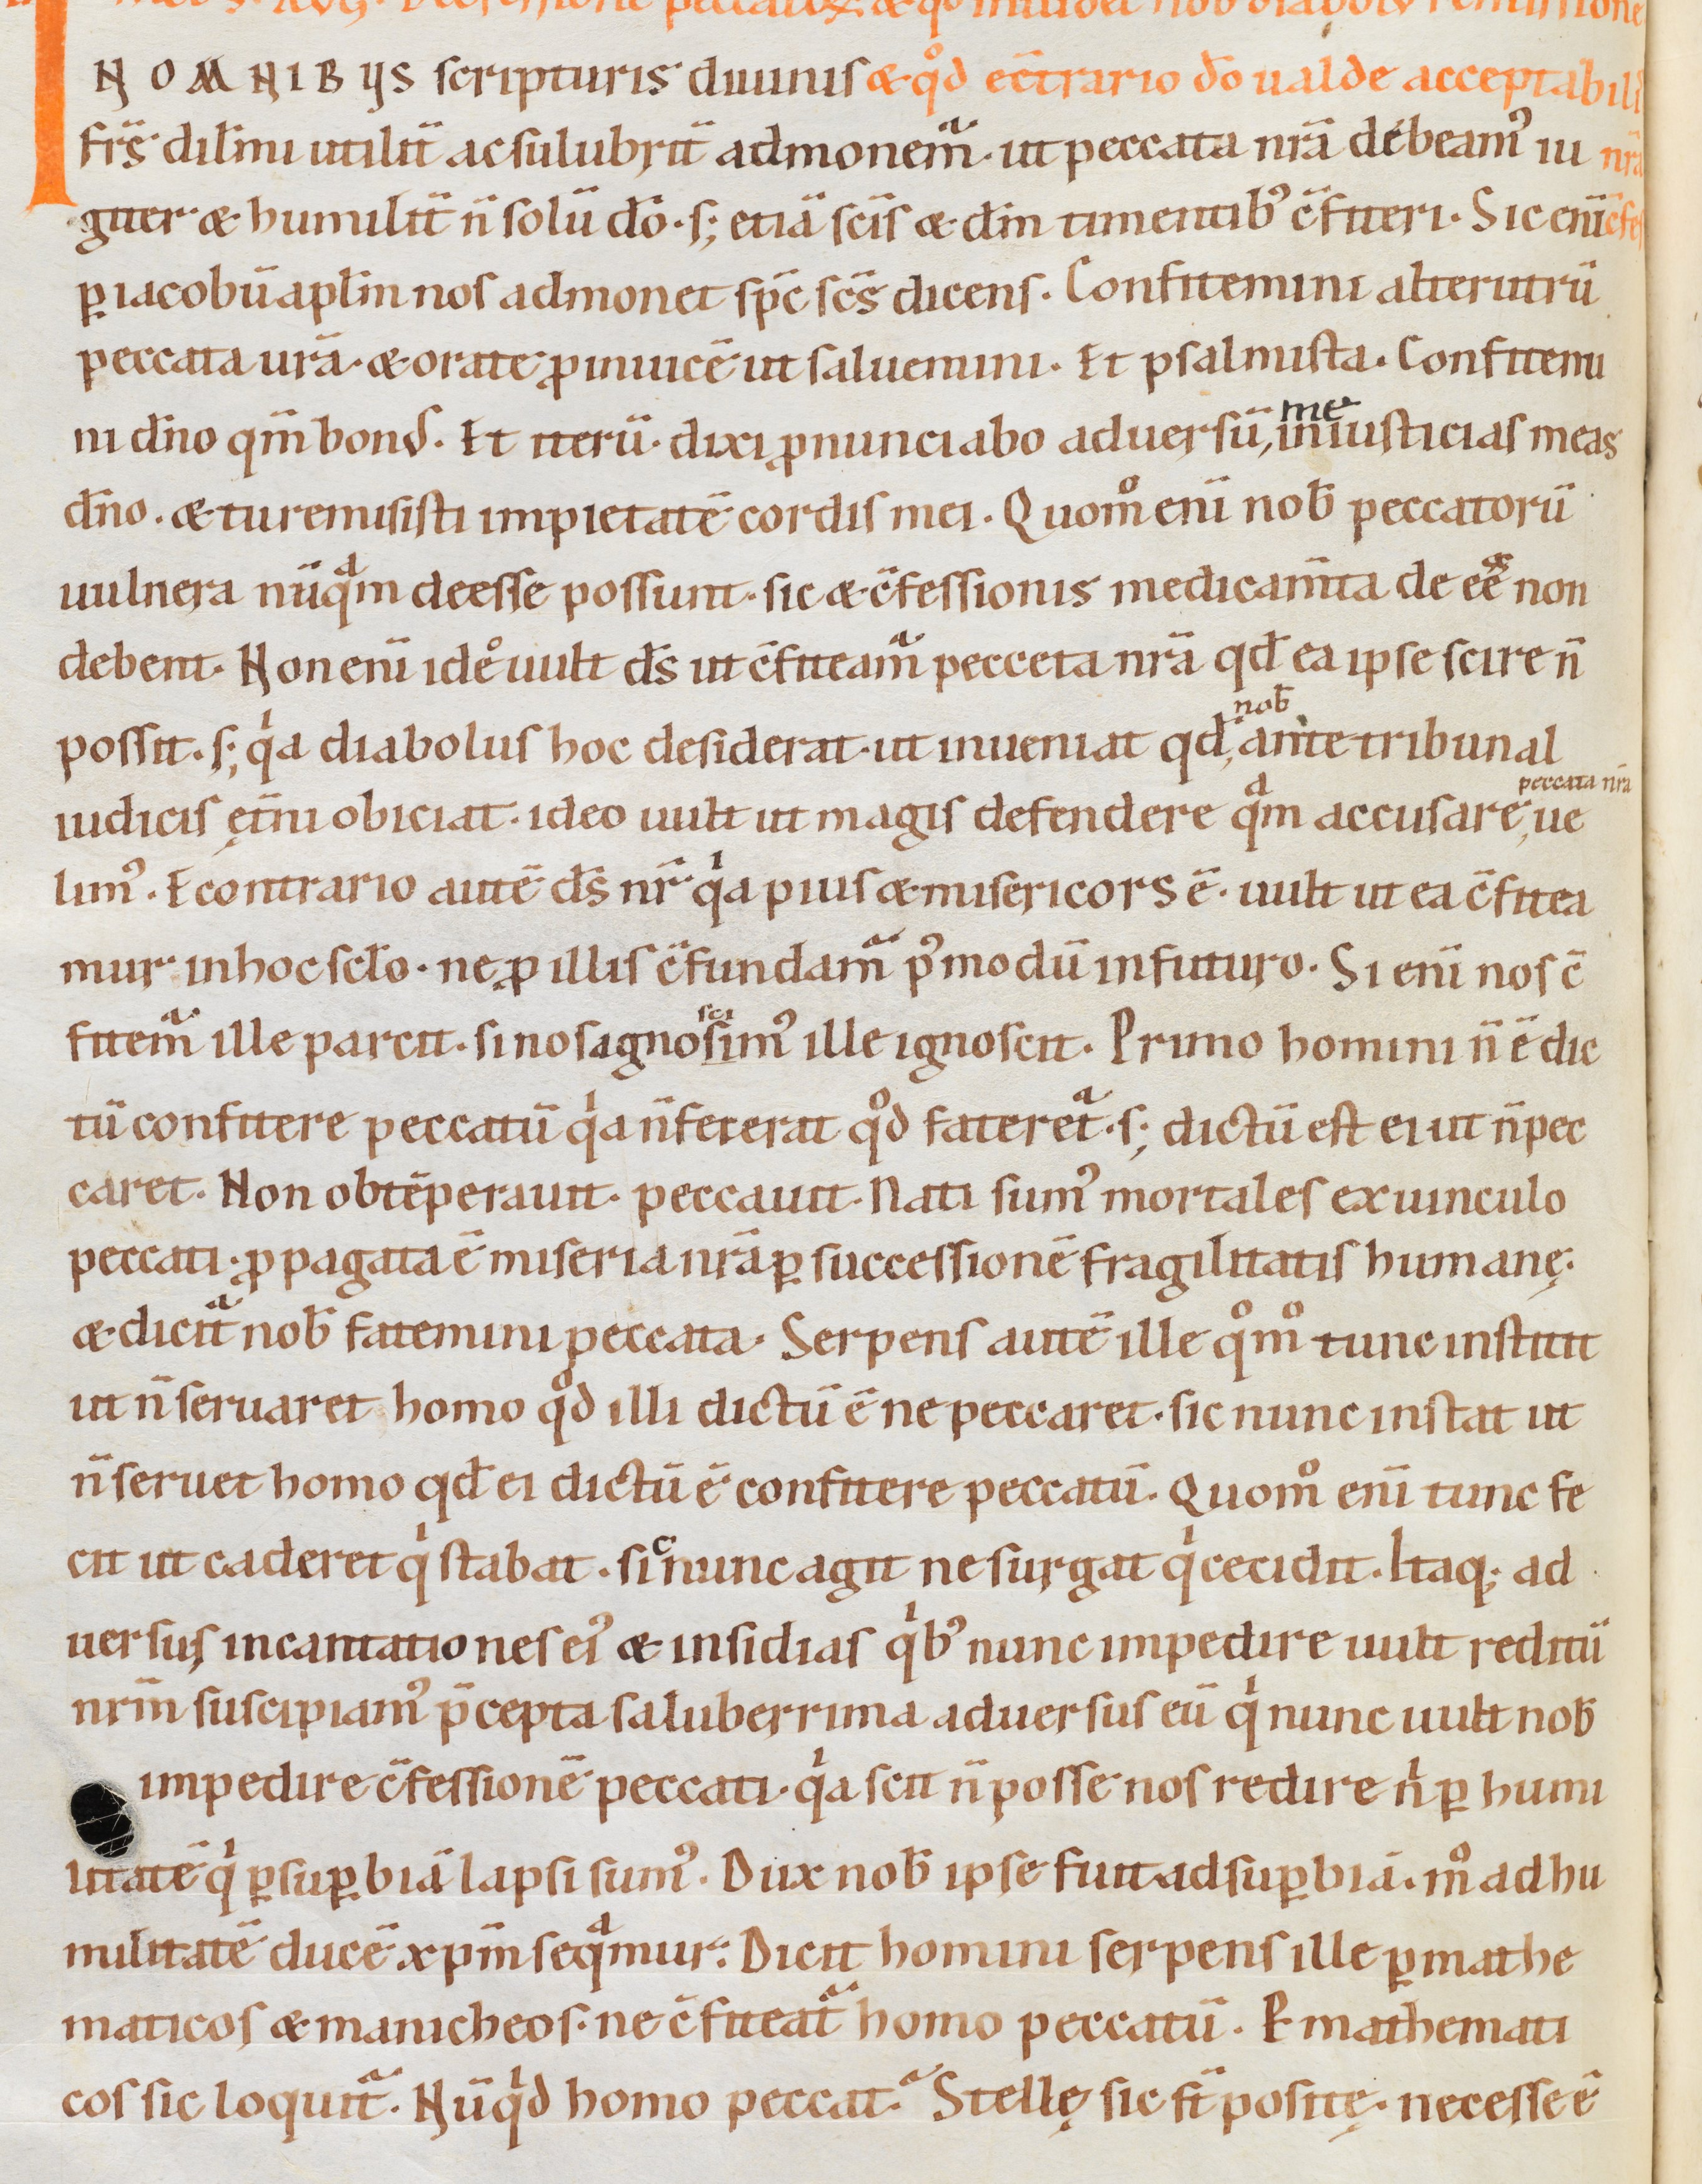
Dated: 1080–1096